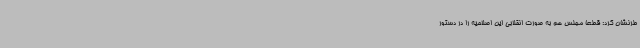
طرنشان کرد: قطعاً مجلس هم به صورت انقلابی این اصلاحیه را در دستور